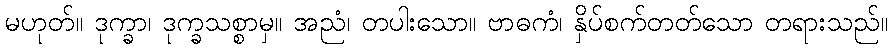
မဟုတ်။ ဒုက္ခာ၊ ဒုက္ခသစ္စာမှ။ အညံ၊ တပါးသော။ ဗာဓကံ၊ နှိပ်စက်တတ်သော တရားသည်။